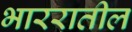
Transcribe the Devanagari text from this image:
भाररातील